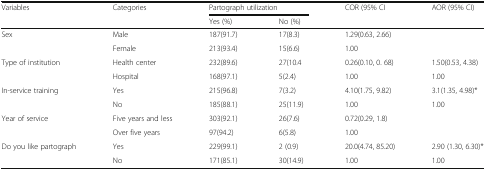
<table><thead><tr><td rowspan="2"><b>Variables</b></td><td rowspan="2"><b>Categories</b></td><td colspan="2"><b>Partograph utilization</b></td><td rowspan="2"><b>COR (95% CI</b></td><td rowspan="2"><b>AOR (95% CI)</b></td></tr><tr><td><b>Yes (%)</b></td><td><b>No (%)</b></td></tr></thead><tbody><tr><td>Sex</td><td>Male</td><td>187(91.7)</td><td>17(8.3)</td><td>1.29(0.63, 2.66)</td><td></td></tr><tr><td></td><td>Female</td><td>213(93.4)</td><td>15(6.6)</td><td>1.00</td><td></td></tr><tr><td rowspan="2">Type of institution</td><td>Health center</td><td>232(89.6)</td><td>27(10.4</td><td>0.26(0.10, 0. 68)</td><td>1.50(0.53, 4.38)</td></tr><tr><td>Hospital</td><td>168(97.1)</td><td>5(2.4)</td><td>1.00</td><td>1.00</td></tr><tr><td rowspan="2">In-service training</td><td>Yes</td><td>215(96.8)</td><td>7(3.2)</td><td>4.10(1.75, 9.82)</td><td>3.1(1.35, 4.98)*</td></tr><tr><td>No</td><td>185(88.1)</td><td>25(11.9)</td><td>1.00</td><td>1.00</td></tr><tr><td rowspan="2">Year of service</td><td>Five years and less</td><td>303(92.1)</td><td>26(7.6)</td><td>0.72(0.29, 1.8)</td><td></td></tr><tr><td>Over five years</td><td>97(94.2)</td><td>6(5.8)</td><td>1.00</td><td></td></tr><tr><td rowspan="2">Do you like partograph</td><td>Yes</td><td>229(99.1)</td><td>2 (0.9)</td><td>20.0(4.74, 85.20)</td><td>2.90 (1.30, 6.30)*</td></tr><tr><td>No</td><td>171(85.1)</td><td>30(14.9)</td><td>1.00</td><td>1.00</td></tr></tbody></table>